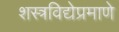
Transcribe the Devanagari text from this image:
शस्त्रविद्येप्रमाणे